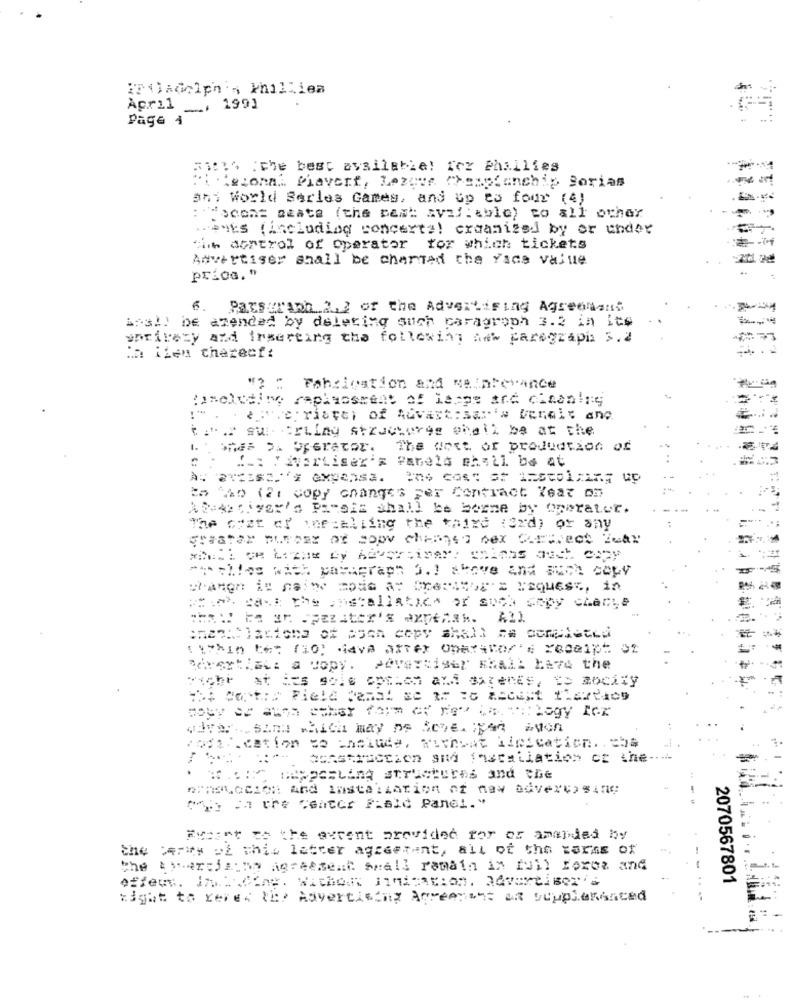
IPOAdolph's khilLiea
April __, 1991
Page 4
Spero the best available! for Phillies
Fi lesona. Piavert, Lezete Cheapfanchip Sorias
ahi World Barles Games, and Up ts four (4)
:: Wocont seata (the past aval : able) to all other
preges ( including concerts) craanized by or under
The atrerol of operator for which tickets
Advertiser shall be charted the face value
prica. "
6. Paxseraph.2,2 of the Advertising Agreement
Ans !! De azended by deleting such caragroph 3.2 in its
writety and inserting the following Anw paragraph 5.2
-
Ma ilen cherecf:
"? : Fabrication and maintenance
. è pre riafoi of quvast:sar's benels and
C.". sus Crilay structorye shall be at the
The west or production of
.: : derLiser's Panela shall be at
25 12o (21 copy changes per Contract Year on
Alves si yer's Pamais shall be berne by operator.
The cost of icecalling the third word) or any
" ** =!! es with paragraph 3 .! skove and auch cowy
rerthat: a copy.
Fiche at des sole option and datenes, Es mocity
. :::
type=Ling structures and the
(go There "enter Fald Panel."
Fesant to the extent provided for or amended by
the Perww of this latter aggestant, all of the tarns of
the : "ercja:no agreement Shall remain in fuil Boxes and
-- -
efter. 17 Come. Withor nomination. advertisers
2070567801
...
right to ceres the Advertising Agreement or Scupleranced